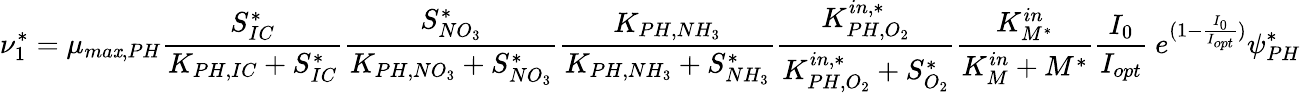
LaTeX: \nu_{1}^{*}=\mu_{ma\mathit{x},PH}\frac{{S_{IC}^{*}}}{{K_{PH,IC}+S_{IC}^{*}}}\frac{{S_{NO_{3}}^{*}}}{{K_{PH,NO_{3}}+S_{NO_{3}}^{*}}}\frac{{K_{PH,NH_{3}}}}{{K_{PH,NH_{3}}+S_{NH_{3}}^{*}}}\frac{{K_{PH,O_{2}}^{in,*}}}{{K_{PH,O_{2}}^{in,*}+S_{O_{2}}^{*}}}\frac{{K_{M^{*}}^{in}}}{{K_{M}^{in}+M^{*}}}\frac{{I_{0}}}{{I_{opt}}}\ e^{(1-\frac{{I_{0}}}{{I_{opt}}})}\psi_{PH}^{*}